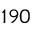
1 9 0